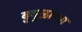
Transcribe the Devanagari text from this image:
बुबुळाच्या